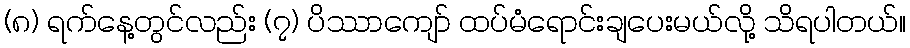
(၈) ရက်နေ့တွင်လည်း (၇) ပိဿာကျော် ထပ်မံရောင်းချပေးမယ်လို့ သိရပါတယ်။